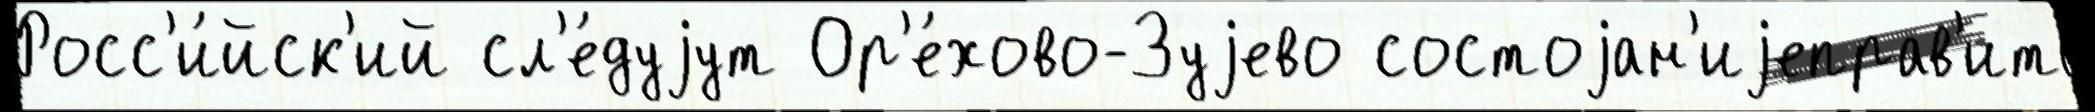
Росс'и́йск'ий сл'е́дуjут Ор'е́хово-Зуjево состоjан'иjеправ'ить